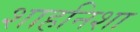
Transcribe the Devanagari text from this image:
शाहनिशा